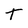
Character: T